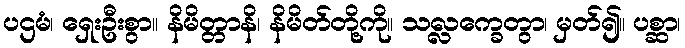
ပဌမံ၊ ရှေးဦးစွာ။ နိမိတ္တာနိ၊ နိမိတ်တို့ကို။ သလ္လက္ခေတွာ၊ မှတ်၍။ ပစ္ဆာ၊